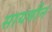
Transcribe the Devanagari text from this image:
सायमीन